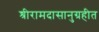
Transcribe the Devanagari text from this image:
श्रीरामदासानुग्रहीत